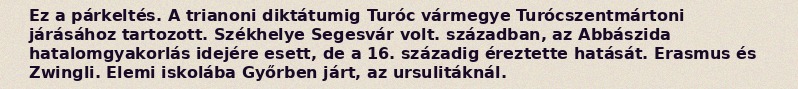
Ez a párkeltés. A trianoni diktátumig Turóc vármegye Turócszentmártoni járásához tartozott. Székhelye Segesvár volt. században, az Abbászida hatalomgyakorlás idejére esett, de a 16. századig éreztette hatását. Erasmus és Zwingli. Elemi iskolába Győrben járt, az ursulitáknál.